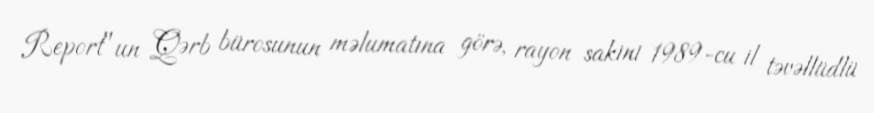
Report"un Qərb bürosunun məlumatına görə, rayon sakini 1989-cu il təvəllüdlü